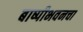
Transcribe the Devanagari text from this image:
बाष्पीभवनचा